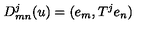
D _ { m n } ^ { j } ( u ) = ( e _ { m } , T ^ { j } e _ { n } )